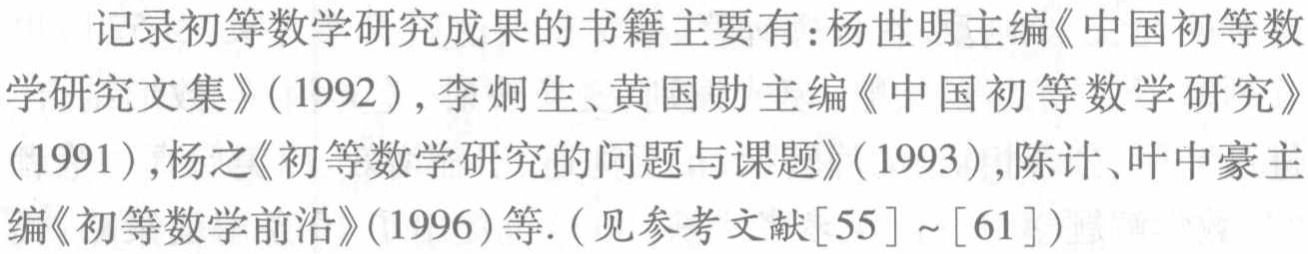
记录初等数学研究成果的书籍主要有：杨世明主编《中国初等数学研究文集》（1992），李炯生、黄国勋主编《中国初等数学研究》（1991），杨之《初等数学研究的问题与课题》（1993），陈计、叶中豪主编《初等数学前沿》（1996）等.（见参考文献[55]～[61]）